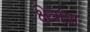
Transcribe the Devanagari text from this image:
क्षेत्रांश